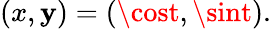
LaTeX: (x,\mathbf{y})=(\cost,\sint).